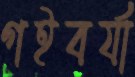
গইবর্যা